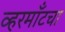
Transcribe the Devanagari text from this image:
व्हरमाँटचा